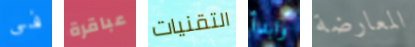
فى عباقرة التقنيات وابدأ المعارضة